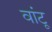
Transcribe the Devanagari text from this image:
वांटू